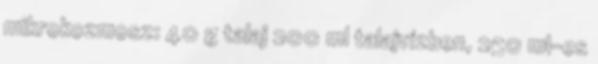
mikrokozmosz: 40 g talaj 200 ml talajvízben, 250 ml-es